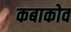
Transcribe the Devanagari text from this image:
कबाकोव